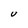
Character: U